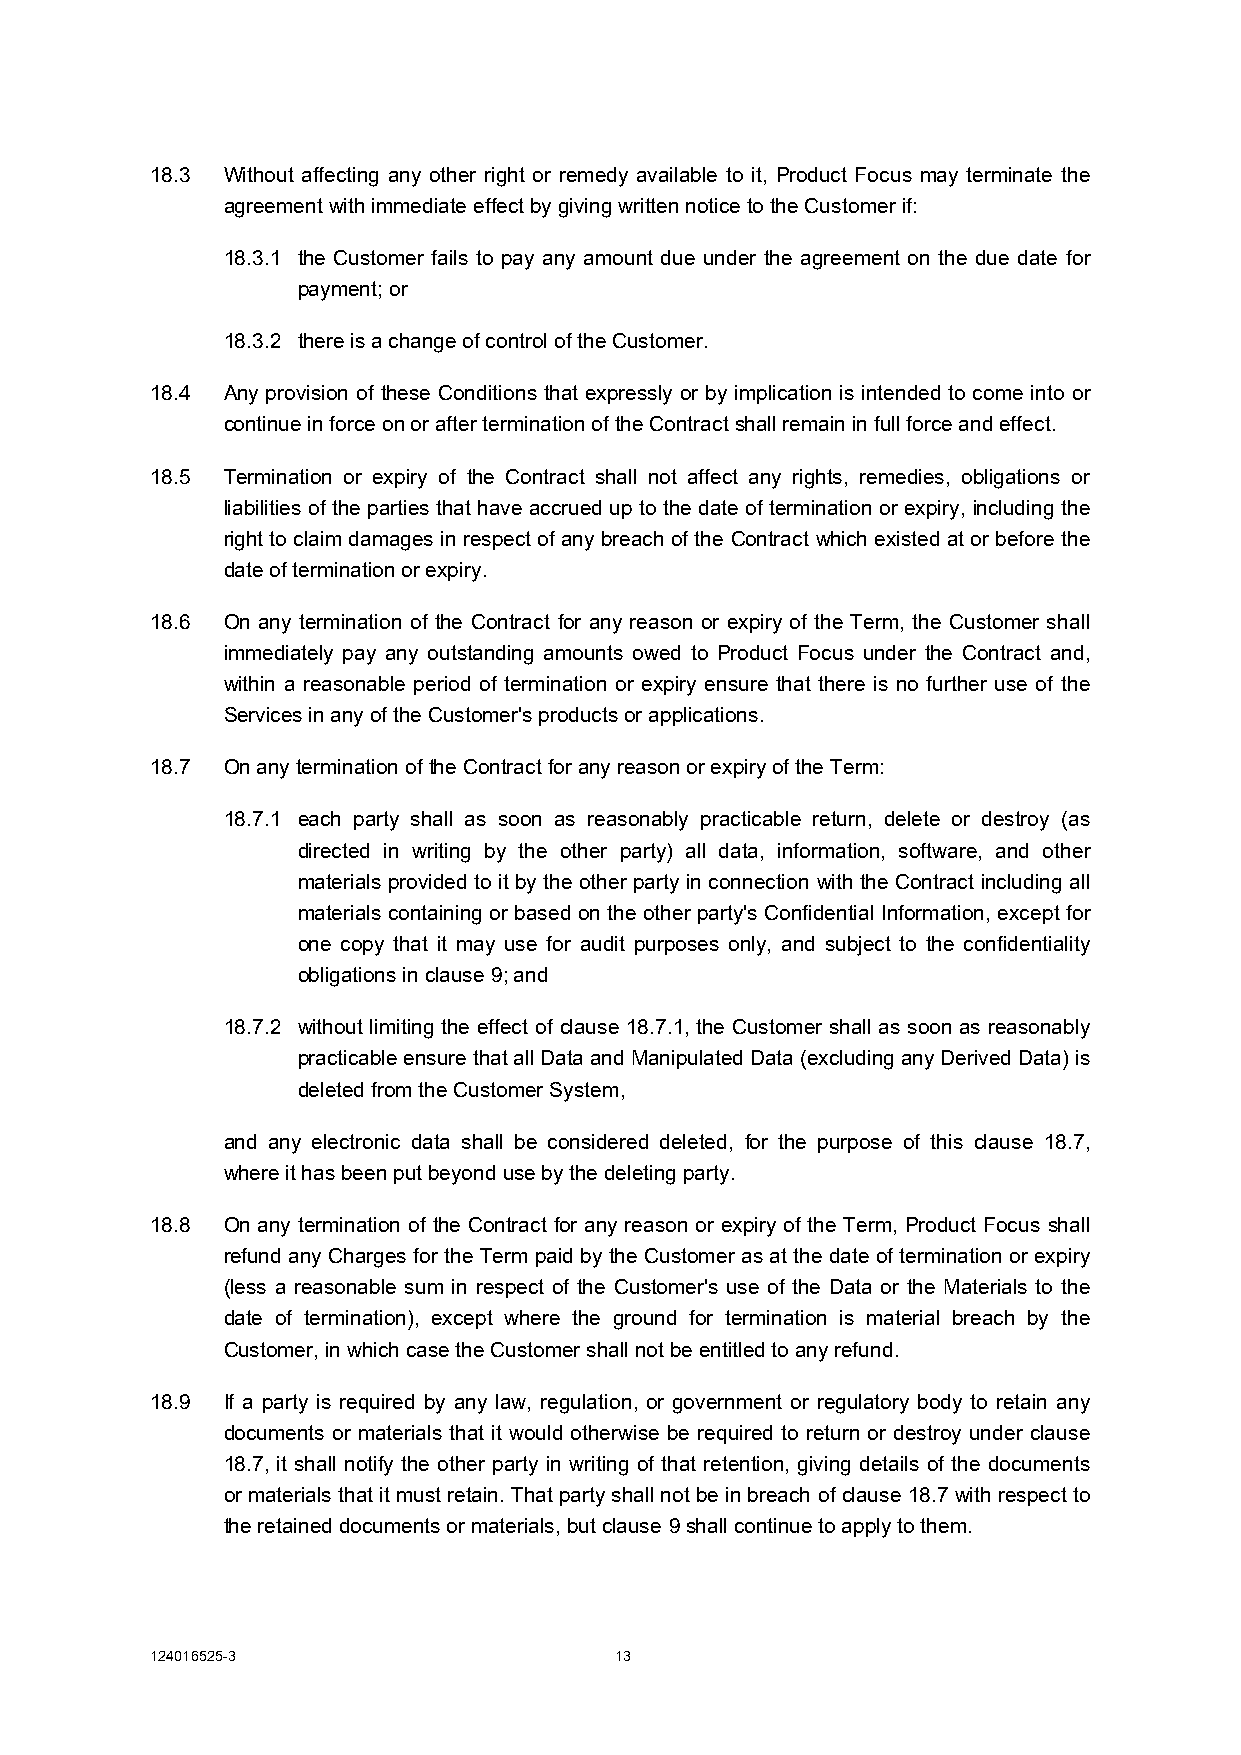
18.3 Without affecting any other right or remedy available to it, Product Focus may terminate the
 agreement with immediate effect by giving written notice to the Customer if:
 18.3.1 the Customer fails to pay any amount due under the agreement on the due date for
 payment; or
 18.3.2 there is a change of control of the Customer.
 18.4 Any provision of these Conditions that expressly or by implication is intended to come into or
 continue in force on or after termination of the Contract shall remain in full force and effect.
 18.5 Termination or expiry of the Contract shall not affect any rights, remedies, obligations or
 liabilities of the parties that have accrued up to the date of termination or expiry, including the
 right to claim damages in respect of any breach of the Contract which existed at or before the
 date of termination or expiry.
 18.6 On any termination of the Contract for any reason or expiry of the Term, the Customer shall
 immediately pay any outstanding amounts owed to Product Focus under the Contract and,
 within a reasonable period of termination or expiry ensure that there is no further use of the
 Services in any of the Customer's products or applications.
 18.7 On any termination of the Contract for any reason or expiry of the Term:
 18.7.1 each party shall as soon as reasonably practicable return, delete or destroy (as
 directed in writing by the other party) all data, information, software, and other
 materials provided to it by the other party in connection with the Contract including all
 materials containing or based on the other party's Confidential Information, except for
 one copy that it may use for audit purposes only, and subject to the confidentiality
 obligations in clause 9; and
 18.7.2 without limiting the effect of clause 18.7.1, the Customer shall as soon as reasonably
 practicable ensure that all Data and Manipulated Data (excluding any Derived Data) is
 deleted from the Customer System,
 and any electronic data shall be considered deleted, for the purpose of this clause 18.7,
 where it has been put beyond use by the deleting party.
 18.8 On any termination of the Contract for any reason or expiry of the Term, Product Focus shall
 refund any Charges for the Term paid by the Customer as at the date of termination or expiry
 (less a reasonable sum in respect of the Customer's use of the Data or the Materials to the
 date of termination), except where the ground for termination is material breach by the
 Customer, in which case the Customer shall not be entitled to any refund.
 18.9 If a party is required by any law, regulation, or government or regulatory body to retain any
 documents or materials that it would otherwise be required to return or destroy under clause
 18.7, it shall notify the other party in writing of that retention, giving details of the documents
 or materials that it must retain. That party shall not be in breach of clause 18.7 with respect to
 the retained documents or materials, but clause 9 shall continue to apply to them.
 124016525-3                    13